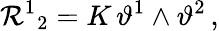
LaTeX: \mathcal{R}^{1}{}_{2}=K\, \vartheta^{1}\wedge\vartheta^{2}\, ,